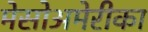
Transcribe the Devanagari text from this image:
मेसोअमेरीका